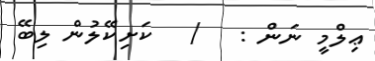
ޢިލްމީ ނަން :   /   ކަށިކޭލުން ލިބޭ